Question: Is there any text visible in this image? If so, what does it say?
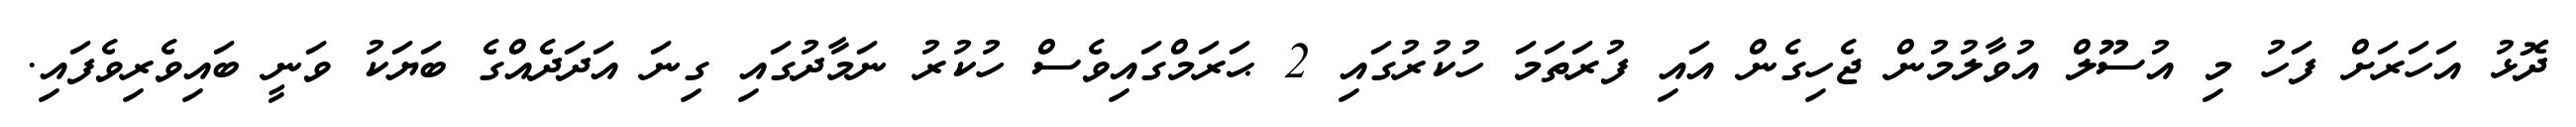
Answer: ދޮޅު އަހަރަށް ފަހު މި އުސޫލް އުވާލުމުން ޖެހިގެން އައި ފުރަތަމަ ހުކުރުގައި 2 ޙަރަމްގައިވެސް ހުކުރު ނަމާދުގައި ގިނަ އަދަދެއްގެ ބަޔަކު ވަނީ ބައިވެރިވެފައި.